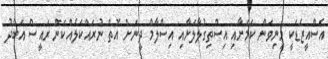
އެސްއީޒެޑަކީ މިނިވަން ކަމަށާއި އިސްތިގުލާލަށާއި އިސްލާމް ދީނަށް އޮތް ނުރައްކަލެއްކަން ރައީސް އަބްދު